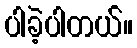
ပါခဲ့ပါတယ်။